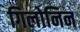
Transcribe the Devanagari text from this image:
गिलोनिन